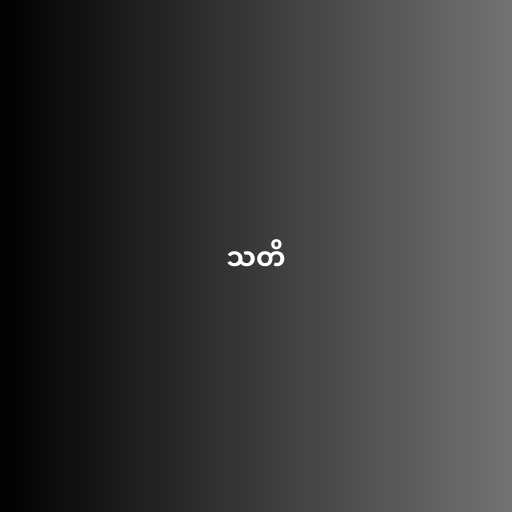
သတိ